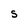
Character: S